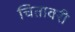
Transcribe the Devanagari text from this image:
चितावरी